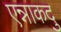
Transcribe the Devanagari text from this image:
एन्नाकदु